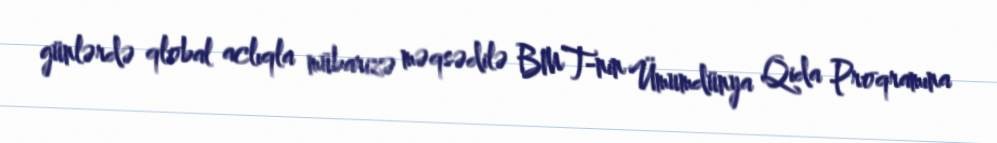
günlərdə qlobal aclıqla mübarizə məqsədilə BMT-nin Ümumdünya Qida Proqramına